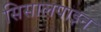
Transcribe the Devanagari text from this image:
सिसालपाइन